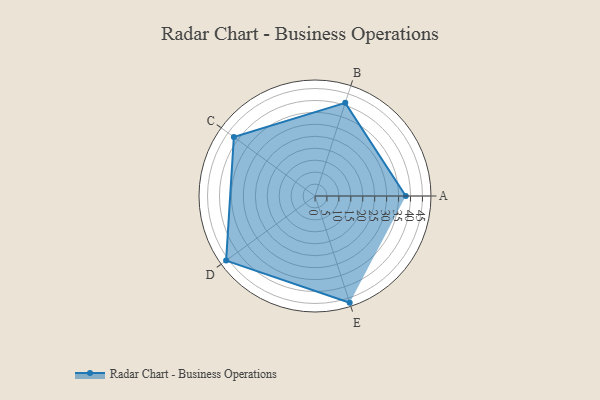
{"axis": {"x": "Skill", "y": "Score"}, "legend": ["Profile"], "data": [{"x": "A", "y": 38.0, "type": "Profile"}, {"x": "B", "y": 41.0, "type": "Profile"}, {"x": "C", "y": 42.0, "type": "Profile"}, {"x": "D", "y": 46.0, "type": "Profile"}, {"x": "E", "y": 47.0, "type": "Profile"}]}